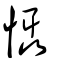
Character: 懾